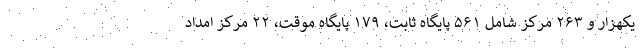
یکهزار و ۲۶۳ مرکز شامل ۵۶۱ پایگاه ثابت، ۱۷۹ پایگاه موقت، ۲۲ مرکز امداد